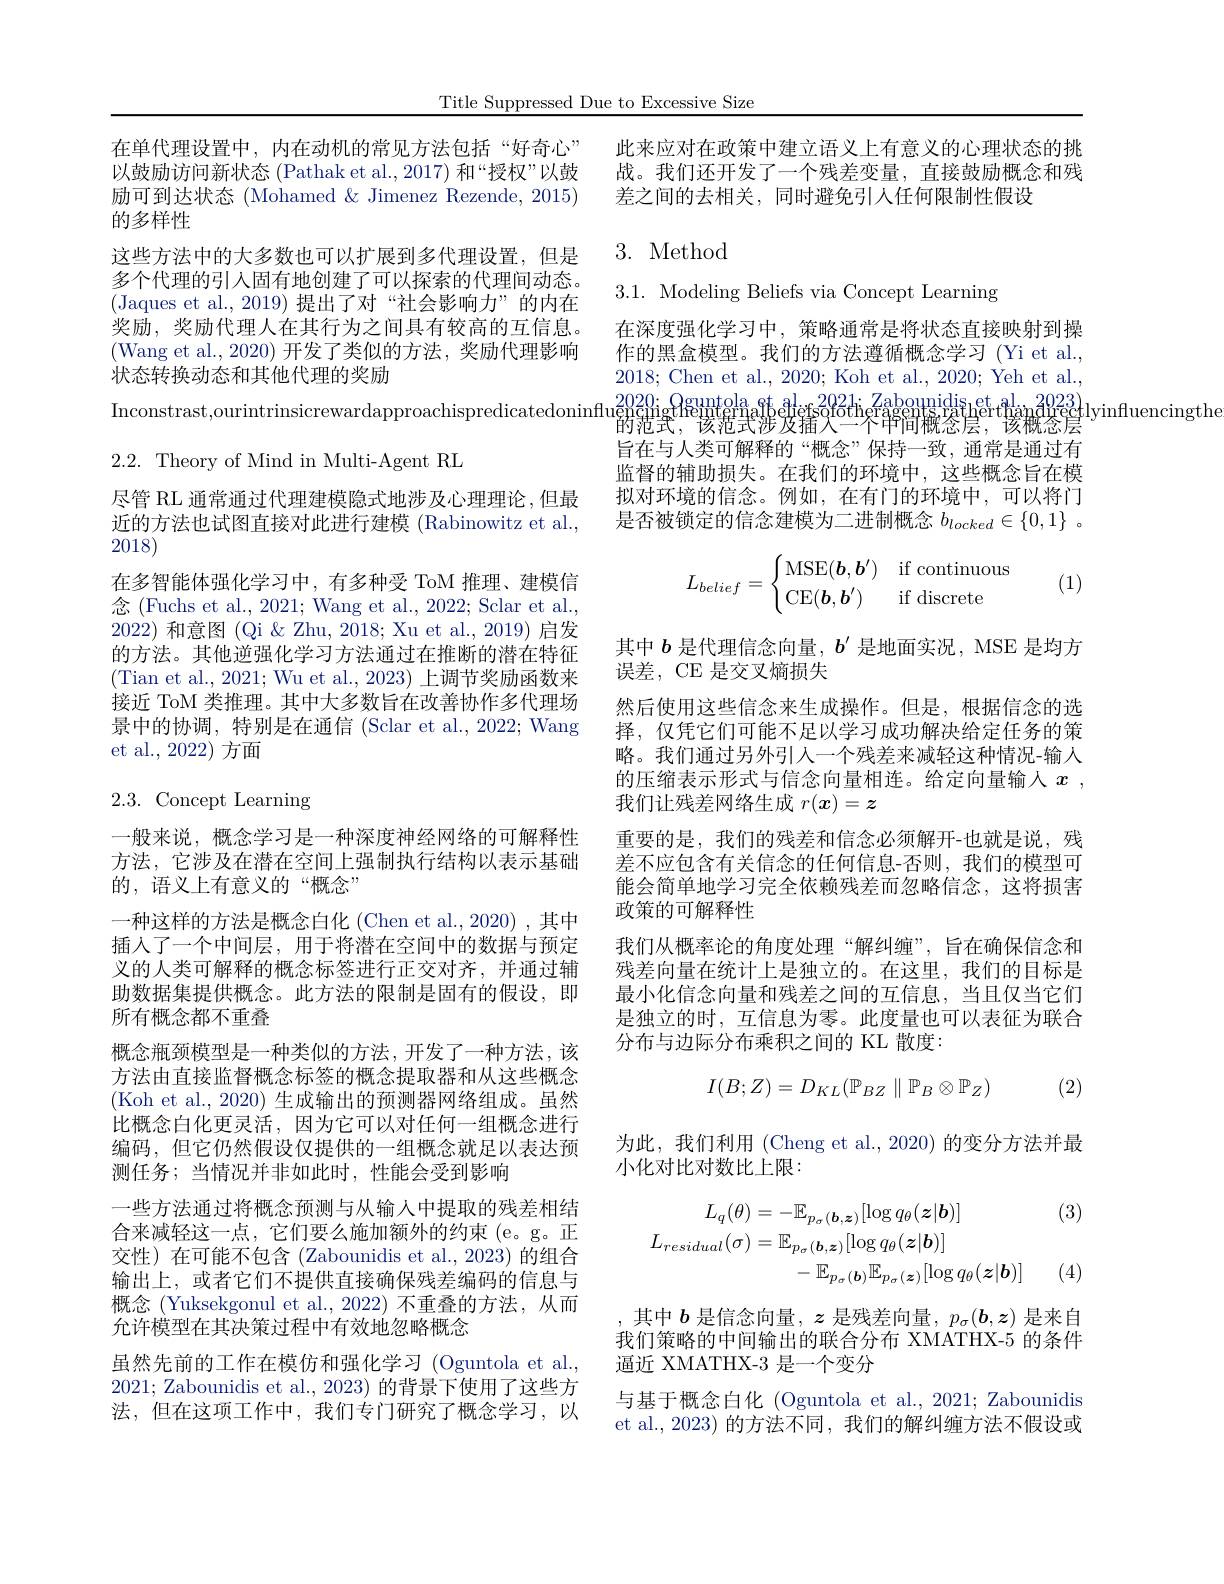
Title Suppressed Due to Excessive Size

在单代理设置中，内在动机的常见方法包括“好奇心” 以鼓励访问新状态 (Pathak et al.,2017) 和“授权”以鼓励可到达状态 (Mohamed & Jimenez Rezende, 2015) 的多样性
这些方法中的大多数也可以扩展到多代理设置，但是多个代理的引入固有地创建了可以探索的代理间动态。(Jaques et al.,2019)提出了对“社会影响力”的内在奖励，奖励代理人在其行为之间具有较高的互信息。(Wang et al.,2020)开发了类似的方法，奖励代理影响状态转换动态和其他代理的奖励
2.2. Theory of Mind in Multi-Agent RL
尽管 RL 通常通过代理建模隐式地涉及心理理论，但最近的方法也试图直接对此进行建模 (Rabinowitz et al., 2018)
在多智能体强化学习中，有多种受 ToM 推理、建模信念 (Fuchs et al., 2021; Wang et al., 2022; Sclar et al., 2022)和意图(Qi &Zhu, 2018; Xu et al., 2019) 启发的方法。其他逆强化学习方法通过在推断的潜在特征(Tian et al., 2021; Wu et al., 2023) 上调节奖励函数来接近 ToM 类推理。其中大多数旨在改善协作多代理场景中的协调，特别是在通信 (Sclar et al., 2022; Wang et al., 2022) 方面

# 2.3. Concept Learning

一般来说，概念学习是一种深度神经网络的可解释性方法，它涉及在潜在空间上强制执行结构以表示基础的，语义上有意义的“概念”
一种这样的方法是概念白化 (Chen et al.,2020) ,其中插人了一个中间层，用于将潜在空间中的数据与预定义的人类可解释的概念标签进行正交对齐，并通过辅助数据集提供概念。此方法的限制是固有的假设，即所有概念都不重叠
概念瓶颈模型是一种类似的方法，开发了一种方法，该方法由直接监督概念标签的概念提取器和从这些概念(Koh et al., 2020) 生成输出的预测器网络组成。虽然比概念白化更灵活，因为它可以对任何一组概念进行编码，但它仍然假设仅提供的一组概念就足以表达预测任务；当情况并非如此时，性能会受到影响
一些方法通过将概念预测与从输入中提取的残差相结合来减轻这一点，它们要么施加额外的约束(e。g。正交性)在可能不包含(Zabounidis et al.,2023)的组合输出上，或者它们不提供直接确保残差编码的信息与概念 (Yuksekgonul et al., 2022) 不重叠的方法，从而允许模型在其决策过程中有效地忽略概念
虽然先前的工作在模仿和强化学习 (Oguntola et al., 2021; Zabounidis et al., 2023) 的背景下使用了这些方法，但在这项工作中，我们专门研究了概念学习，以

此来应对在政策中建立语义上有意义的心理状态的挑战。我们还开发了一个残差变量，直接鼓励概念和残差之间的去相关，同时避免引入任何限制性假设

3. Method

3.1. Modeling Beliefs via Concept Learning

在深度强化学习中，策略通常是将状态直接映射到操作的黑盒模型。我们的方法遵循概念学习 (Yi et al., 2018; Chen et al., 2020; Koh et al., 2020; Yeh et al.,
Inconstrast,ourintrinsicrewardapproachispredicatedoninflugiqing$_\text{Binternaßbedefsolofsofofefsof}_{\text{的范宝，该范士洗龙箱父一个审间概然虐，}}^{2022}$th$_\text{\text{Crabounidis}herthandu}_{\text{Ced}}^{2023}$dinfluencingthe
的范式，该范式涉及插入一个申间概念层，该概态层旨在与人类可解释的“概念”保持一致，通常是通过有监督的辅助损失。在我们的环境中，这些概念旨在模拟对环境的信念。例如，在有门的环境中，可以将门是否被锁定的信念建模为二进制概念$b_locked\in\{0,1\}~.$
$$L_{belief}=\begin{cases}\operatorname{MSE}(\boldsymbol b,\boldsymbol b')&\text{if continuous}\\\operatorname{CE}(\boldsymbol b,\boldsymbol b')&\text{if discrete}\end{cases}$$
(1)

其中$b$是代理信念向量，$b^\prime$是地面实况，MSE 是均方
误差，CE 是交叉熵损失
然后使用这些信念来生成操作。但是，根据信念的选择，仅凭它们可能不足以学习成功解决给定任务的策略。我们通过另外引人一个残差来减轻这种情况-输入的压缩表示形式与信念向量相连。给定向量输人$x$ , 我们让残差网络生成$r(\boldsymbol{x})=\boldsymbol{z}$
重要的是，我们的残差和信念必须解开-也就是说，残差不应包含有关信念的任何信息-否则，我们的模型可能会简单地学习完全依赖残差而忽略信念，这将损害政策的可解释性
我们从概率论的角度处理“解纠缠”,旨在确保信念和残差向量在统计上是独立的。在这里，我们的目标是最小化信念向量和残差之间的互信息，当且仅当它们是独立的时，互信息为零。此度量也可以表征为联合分布与边际分布乘积之间的 KL 散度：
$$I(B;Z)=D_{KL}(\mathbb{P}_{BZ}\parallel\mathbb{P}_B\otimes\mathbb{P}_Z)$$
(2)

为此，我们利用 (Cheng et al., 2020) 的变分方法并最
小化对比对数比上限：

(3)
$$\begin{aligned}L_{q}(\theta)&=-\mathbb{E}_{p_{\sigma}(\boldsymbol{b},\boldsymbol{z})}[\log q_{\theta}(\boldsymbol{z}|\boldsymbol{b})]\\L_{residual}(\sigma)&=\mathbb{E}_{p_{\sigma}(\boldsymbol{b},\boldsymbol{z})}[\log q_{\theta}(\boldsymbol{z}|\boldsymbol{b})]\\&-\mathbb{E}_{p_{\sigma}(\boldsymbol{b})}\mathbb{E}_{p_{\sigma}(\boldsymbol{z})}[\log q_{\theta}(\boldsymbol{z}|\boldsymbol{b})]\end{aligned}$$
(4)

,其中$b$是信念向量$,z$是残差向量$,p_\sigma(\boldsymbol{b},\boldsymbol{z})$是来自我们策略的中间输出的联合分布 XMATHX-5 的条件逼近 XMATHX-3 是一个变分
与基于概念白化 (Oguntola et al., 2021; Zabounidis et al., 2023) 的方法不同，我们的解纠缠方法不假设或